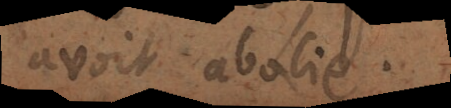
avoit abolie.